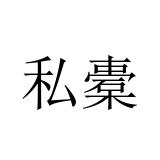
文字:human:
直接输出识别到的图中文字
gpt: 私橐